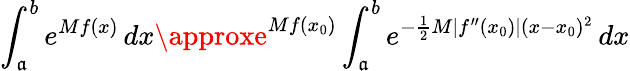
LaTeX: \int_{\mathfrak{a}}^{b}e^{Mf(x)}\, dx\approxe^{Mf(x_{0})}\int_{\mathfrak{a}}^{b}e^{-{\frac{{1}}{{2}}}M|f^{\prime\prime}(x_{0})|(x-x_{0})^{2}}\, dx